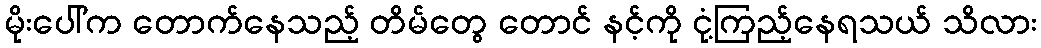
မိုးပေါ်က တောက်နေသည့် တိမ်တွေ တောင် နင့်ကို ငုံ့ကြည့်နေရသယ် သိလား